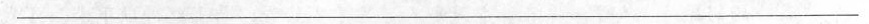
___